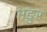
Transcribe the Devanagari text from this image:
भङुर